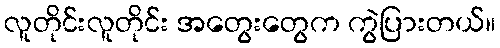
လူတိုင်းလူတိုင်း အတွေးတွေက ကွဲပြားတယ်။